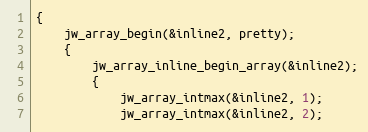
Language: C
{
	jw_array_begin(&inline2, pretty);
	{
		jw_array_inline_begin_array(&inline2);
		{
			jw_array_intmax(&inline2, 1);
			jw_array_intmax(&inline2, 2);